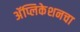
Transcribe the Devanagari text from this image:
अॅप्लिकेशनचा